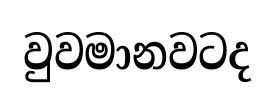
වුවමානවටද